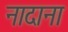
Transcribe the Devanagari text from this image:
नादाना